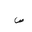
Letter: _sad